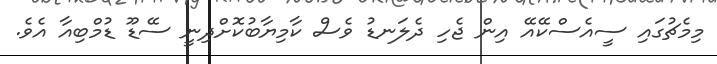
މިމެޗުގައި ސީއެސްކޭއޭ އިން ޖެހި ދެލަނޑު ވެސް ކާމިޔާބުކޮށްދިނީ ސޭޑޫ ޑުމްބިއާ އެވެ.